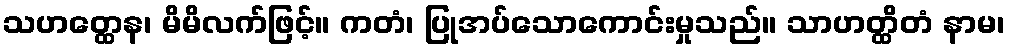
သဟတ္ထေန၊ မိမိလက်ဖြင့်။ ကတံ၊ ပြုအပ်သောကောင်းမှုသည်။ သာဟတ္ထိတံ နာမ၊